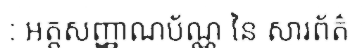
: អត្តសញ្ញាណប័ណ្ណ នៃ សារព័ត៌